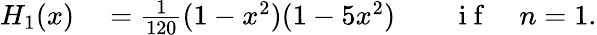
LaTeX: \begin{array}{rlrl}{H_{1}(x)}&{{}=\frac{1}{120}(1-x^{2})(1-5x^{2})}&{}&{{}\mathrm{~i~f~}\quad n=1.}\end{array}